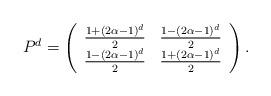
LaTeX: \begin{align*} P^{d} = \left( \begin{array}{ccc} \frac{1 + (2\alpha -1)^{d}}{2} & \frac{1 - (2\alpha -1)^{d}}{2} \\ \frac{1 - (2\alpha -1)^{d}}{2} & \frac{1 + (2\alpha -1)^{d}}{2} \end{array}\right).\end{align*}